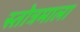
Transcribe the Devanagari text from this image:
स्तोत्रमाला